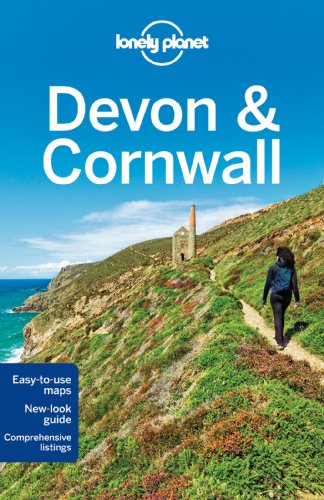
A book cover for Lonely Planet Devon & Cornwall (Travel Guide); Lonely Planet; Travel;